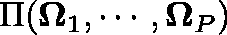
\Pi ( \mathbf { \Omega } _ { 1 } , \cdots , \mathbf { \Omega } _ { P } )